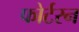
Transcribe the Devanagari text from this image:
फोर्टरन